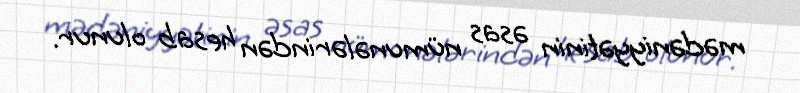
mədəniyyətinin əsas nümunələrindən hesab olunur.